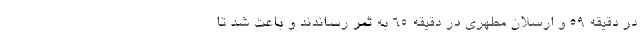
در دقیقه ۵۹ و ارسلان مطهری در دقیقه ۶۵ به ثمر رساندند و باعث شد تا